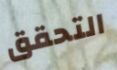
التحقق